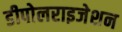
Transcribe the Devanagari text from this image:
डीपोलराइजेशन